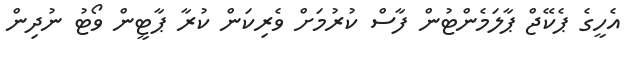
އެހީގެ ޕެކޭޖް ޕާލަމެންޓުން ފާސް ކުރުމަށް ވެރިކަން ކުރާ ޕާޓީން ވޯޓު ނުދިން